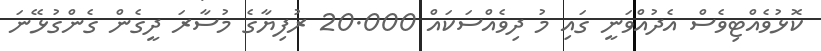
ކޮޅުވެއްޓިވެސް އެދުއްވަނީ ގައި މު ދިވެއްސަކައް 20.000 ރުފިޔާގެ މުސާރަ ދީގެން ގެންގުޅޭނަ